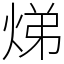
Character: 焍